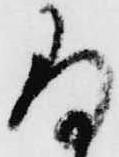
存